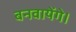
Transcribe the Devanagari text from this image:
बनवायेंगे।